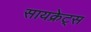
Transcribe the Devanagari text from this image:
सायक्रेट्स